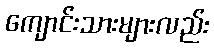
ကျောင်းသားများလည်း